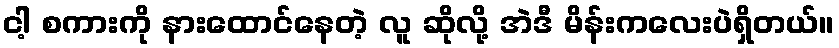
ငါ့ စကားကို နားထောင်နေတဲ့ လူ ဆိုလို့ အဲဒီ မိန်းကလေးပဲရှိတယ်။